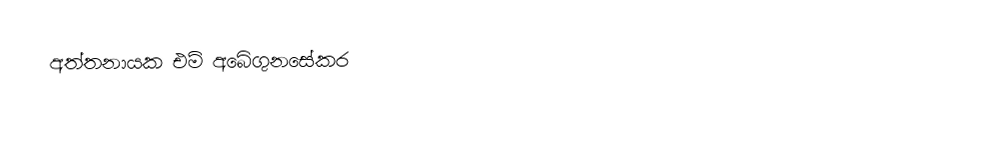
අත්තනායක එම් අබේගුනසේකර